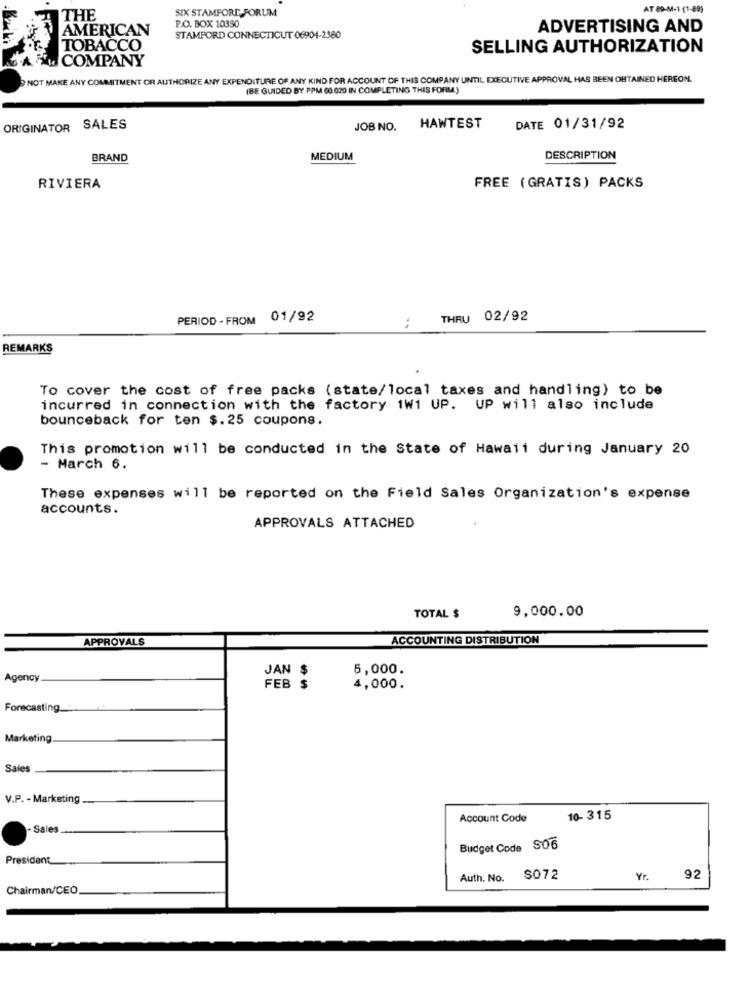
SIX STAMFORD FORUM
AT 89-M-1 (1-89)
THE
P.O. BOX 10350
AMERICAN
ADVERTISING AND
STAMFORD CONNECTICUT 06904-2380
TOBACCO
SELLING AUTHORIZATION
PAL COMPANY
NOT MAKE ANY COMMITMENT OR AUTHORIZE ANY EXPENDITURE OF ANY KIND FOR ACCOUNT OF THIS COMPANY UNTIL EXECUTIVE APPROVAL HAS BEEN OBTAINED HEREON.
(BE GUIDED BY PPM 60 020 IN COMPLETING THIS FORMA)
JOBNO. HAWTEST
ORIGINATOR SALES
DATE 01/31/92
BRAND
MEDIUM
DESCRIPTION
RIVIERA
FREE (GRATIS) PACKS
PERIOD - FROM 01/92
THRU 02/92
:
REMARKS
To cover the cost of free packs (state/local taxes and handling) to be
incurred in connection with the factory 1W1 UP. UP will also include
bounceback for ten $.25 coupons.
This promotion will be conducted in the State of Hawaii during January 20
- March 6.
These expenses will be reported on the Field Sales Organization's expense
accounts.
APPROVALS ATTACHED
9,000.00
TOTAL $
APPROVALS
ACCOUNTING DISTRIBUTION
JAN $
5,000.
Agency
FEB $
4,000.
Forecasting
Marketing
Sales
V.P. - Marketing
Account Code
10- 315
Sale
Budget Code S06
President
Auth. No. $072
Yr. 92
Chairman/CEO